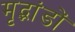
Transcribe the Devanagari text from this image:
मृद्भांडों